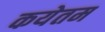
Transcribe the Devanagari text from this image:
कयेतम